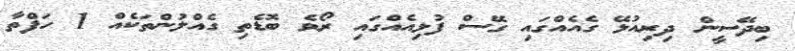
ބިދޭސީން ދިރިއުޅޭ ގެއެއްގައި ގޭސް ފުޅިއެއްގައި ރޯވެ ބޮޑެތި ގެއްލުންތަކެއް 1 ހަފްތާ